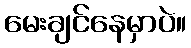
မေးချင်နေမှာပဲ။